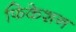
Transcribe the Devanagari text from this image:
फिकेशन